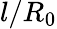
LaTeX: l/R_{0}